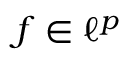
f \in \ell ^ { p }